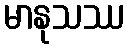
မာနုသဿ